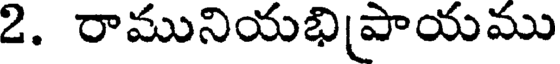
2. రామునియభిపాయము